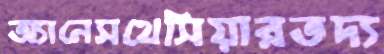
অ্যানেসথেসিয়ারতদ্য